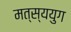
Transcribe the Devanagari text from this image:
मत्स्ययुग